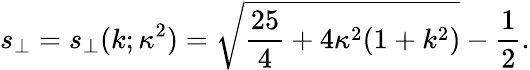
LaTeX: s_{\perp}=s_{\perp}(k;\kappa^{2})=\sqrt{\frac{25}{4}+4\kappa^{2}(1+k^{2})}-\frac 12.